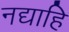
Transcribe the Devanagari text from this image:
नद्याहि